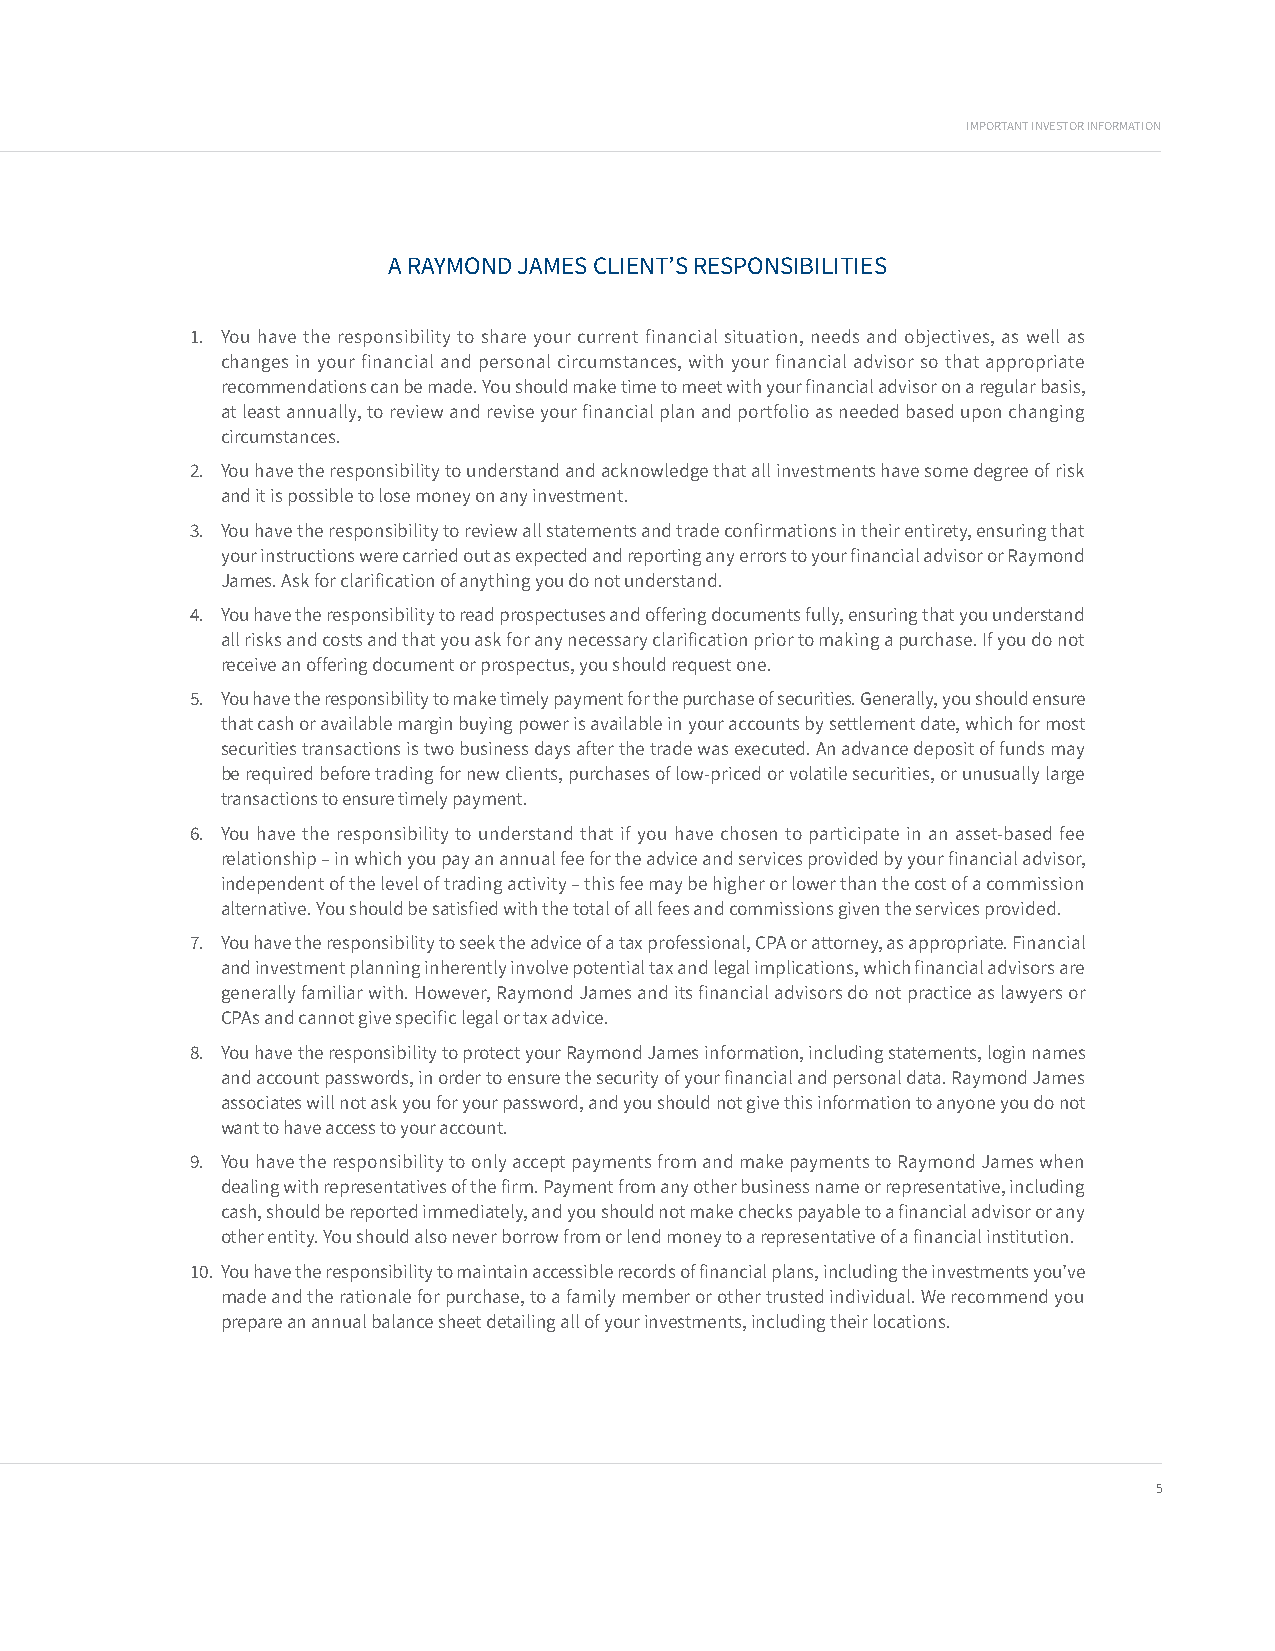
IMPORTANT INVESTOR INFORMATION
 A RAYMOND JAMES CLIENT’S RESPONSIBILITIES
 1. You have the responsibility to share your current financial situation, needs and objectives, as well as
 changes in your financial and personal circumstances, with your financial advisor so that appropriate
 recommendations can be made. You should make time to meet with your financial advisor on a regular basis,
 at least annually, to review and revise your financial plan and portfolio as needed based upon changing
 circumstances.
 2. You have the responsibility to understand and acknowledge that all investments have some degree of risk
 and it is possible to lose money on any investment.
 3. You have the responsibility to review all statements and trade confirmations in their entirety, ensuring that
 your instructions were carried out as expected and reporting any errors to your financial advisor or Raymond
 James. Ask for clarification of anything you do not understand.
 4. You have the responsibility to read prospectuses and offering documents fully, ensuring that you understand
 all risks and costs and that you ask for any necessary clarification prior to making a purchase. If you do not
 receive an offering document or prospectus, you should request one.
 5. You have the responsibility to make timely payment for the purchase of securities. Generally, you should ensure
 that cash or available margin buying power is available in your accounts by settlement date, which for most
 securities transactions is two business days after the trade was executed. An advance deposit of funds may
 be required before trading for new clients, purchases of low-priced or volatile securities, or unusually large
 transactions to ensure timely payment.
 6. You have the responsibility to understand that if you have chosen to participate in an asset-based fee
 relationship – in which you pay an annual fee for the advice and services provided by your financial advisor,
 independent of the level of trading activity – this fee may be higher or lower than the cost of a commission
 alternative. You should be satisfied with the total of all fees and commissions given the services provided.
 7. You have the responsibility to seek the advice of a tax professional, CPA or attorney, as appropriate. Financial
 and investment planning inherently involve potential tax and legal implications, which financial advisors are
 generally familiar with. However, Raymond James and its financial advisors do not practice as lawyers or
 CPAs and cannot give specific legal or tax advice.
 8. You have the responsibility to protect your Raymond James information, including statements, login names
 and account passwords, in order to ensure the security of your financial and personal data. Raymond James
 associates will not ask you for your password, and you should not give this information to anyone you do not
 want to have access to your account.
 9. You have the responsibility to only accept payments from and make payments to Raymond James when
 dealing with representatives of the firm. Payment from any other business name or representative, including
 cash, should be reported immediately, and you should not make checks payable to a financial advisor or any
 other entity. You should also never borrow from or lend money to a representative of a financial institution.
 10. You have the responsibility to maintain accessible records of financial plans, including the investments you’ve
 made and the rationale for purchase, to a family member or other trusted individual. We recommend you
 prepare an annual balance sheet detailing all of your investments, including their locations.
 5